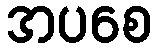
အပစေ